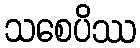
သစေပိဿ